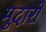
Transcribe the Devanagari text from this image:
मुदारों